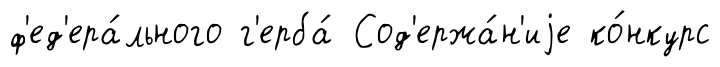
ф'ед'ера́льного г'ерба́ Сод'ержа́н'иjе ко́нкурс